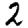
Digit: 2